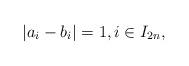
LaTeX: \begin{align*} |a_{i}-b_{i}|=1, i\in I_{2n},\end{align*}